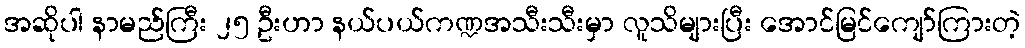
အဆိုပါ နာမည်ကြီး ၂၅ ဦးဟာ နယ်ပယ်ကဏ္ဍအသီးသီးမှာ လူသိများပြီး အောင်မြင်ကျော်ကြားတဲ့